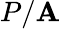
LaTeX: P/\mathbf{A}